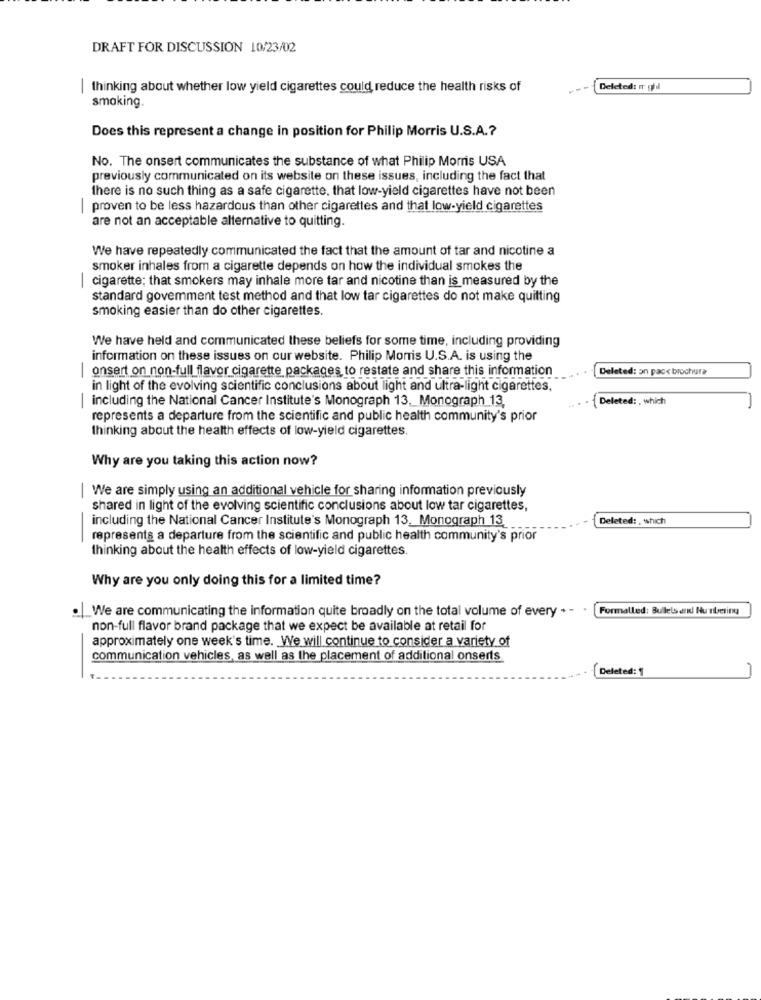
DRAFT FOR DISCUSSION 10/23/02
| thinking about whether low yield cigarettes could reduce the health risks of
Deleted: m ghil
smoking.
Does this represent a change in position for Philip Morris U.S.A .?
No. The onsert communicates the substance of what Philip Morris USA
previously communicated on its website on these issues, including the fact that
there is no such thing as a safe cigarette, that low-yield cigarettes have not been
proven to be less hazardous than other cigarettes and that low-yield cigarettes
-
are not an acceptable alternative to quitting.
We have repeatedly communicated the fact that the amount of tar and nicotine a
smoker inhales from a cigarette depends on how the individual smokes the
|cigarette; that smokers may inhale more tar and nicotine than is measured by the
standard govemment test method and that low tar cigarettes do not make quitting
smoking easier than do other cigarettes.
We have held and communicated these beliefs for some time, including providing
information on these issues on our website. Philip Morris U.S.A. is using the
-
onsert on non-full flavor cigarette packages to restate and share this information
Deleted: an pac< brochura
in light of the evolving scientific conclusions about light and ultra-light cigarettes.
including the National Cancer Institute's Monograph 13. Monograph 13.
-
Deleted: , which
represents a departure from the scientific and public health community's prior
thinking about the health effects of low-yield cigarettes.
Why are you taking this action now?
We are simply using an additional vehicle for sharing information previously
-
shared in light of the evolving scientific conclusions about low tar cigarettes,
including the National Cancer Institute's Monograph 13, Monograph 13
Deleted: , which
-
represents a departure from the scientific and public health community's prior
thinking about the health effects of low-yield cigarettes.
Why are you only doing this for a limited time?
We are communicating the information quite broadly on the total volume of every . - .
Formalled: Bullets en Numbering
non-full flavor brand package that we expect be available at retail for
approximately one week's time. We will continue to consider a variety of
communication vehicles, as well as the placement of additional onserts
Deleted: 1